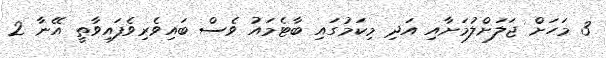
3 މަހަށް ޖަލަށްލުމަށާއި އަދި މިކަމުގައި ބާޓެމައު ވެސް ބައިވެރިވެފައިވާތީ އޭނާ 2